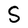
Character: S